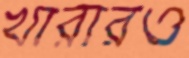
খারারও